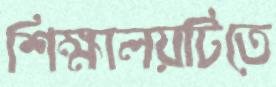
শিক্ষালয়টিতে